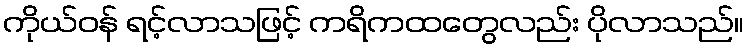
ကိုယ်ဝန် ရင့်လာသဖြင့် ကရိကထတွေလည်း ပိုလာသည်။